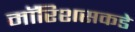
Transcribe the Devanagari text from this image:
मॉरिशसकडे